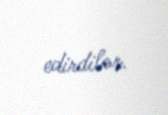
edirdilər.